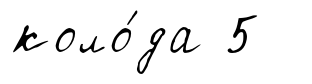
коло́да 5